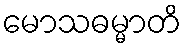
မောသဓမ္မာတိ